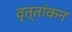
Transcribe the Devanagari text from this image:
वृत्तांकन